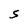
Character: S